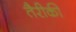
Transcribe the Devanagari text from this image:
तैरीकी